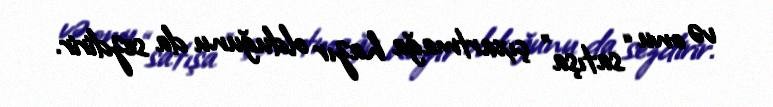
və onu “satışa” çıxartmağa hazır olduğunu da sezdirir.